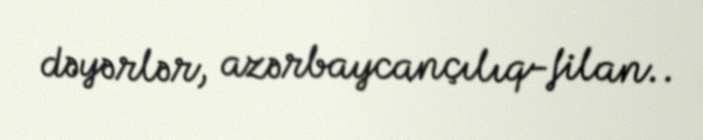
dəyərlər, azərbaycançılıq-filan..